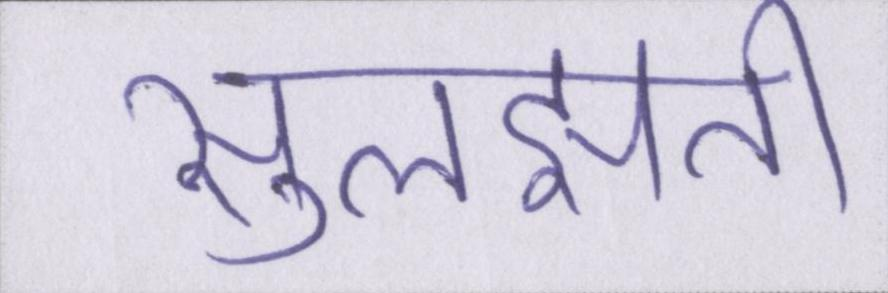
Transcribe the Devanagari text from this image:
सुलझती